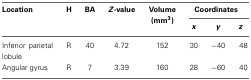
<table><thead><tr><td><b>Location</b></td><td><b>H</b></td><td><b>BA</b></td><td><b><i>Z</i>-value</b></td><td><b>Volume (mm<sup>3</sup>)</b></td><td colspan="3"><b>Coordinates</b></td></tr><tr><td></td><td></td><td></td><td></td><td></td><td><b><i>x</i></b></td><td><b><i>y</i></b></td><td><b><i>z</i></b></td></tr></thead><tbody><tr><td>Inferior parietal lobule</td><td>R</td><td>40</td><td>4.72</td><td>152</td><td>30</td><td>−40</td><td>48</td></tr><tr><td>Angular gyrus</td><td>R</td><td>7</td><td>3.39</td><td>160</td><td>28</td><td>−60</td><td>40</td></tr></tbody></table>